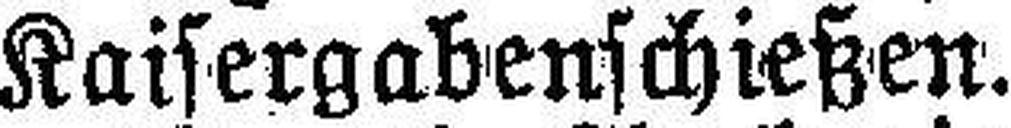
Kaisergabenschießen.